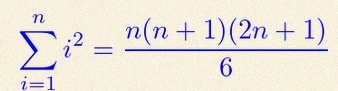
\sum_{i=1}^{n}i^2=\frac{n(n+1)(2n+1)}6